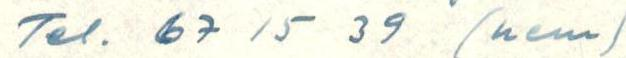
Tel. 67 15 39 (hem)